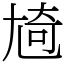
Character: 㞆